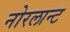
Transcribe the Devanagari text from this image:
नोरलान्ट